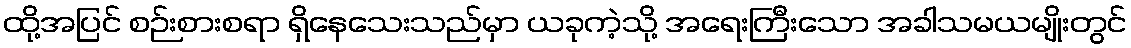
ထို့အပြင် စဉ်းစားစရာ ရှိနေသေးသည်မှာ ယခုကဲ့သို့ အရေးကြီးသော အခါသမယမျိုးတွင်